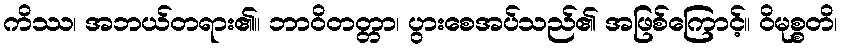
ကိဿ၊ အဘယ်တရား၏။ ဘာဝိတတ္တာ၊ ပွားစေအပ်သည်၏ အဖြစ်ကြောင့်။ ဝိမုစ္စတိ၊